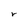
Character: r